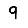
Digit: 9